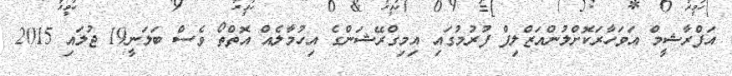
އަފްރާޝީމް އަވަހާރަކޮށްލުންއަޒްލިފް ފުރުމުގައި އިމިގްރޭޝަންގެ އިހުމާލެއް އޮތްތޯ ވެސް ބަލަނީ19 ޖުލައި 2015